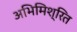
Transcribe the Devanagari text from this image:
अभिमिश्रित